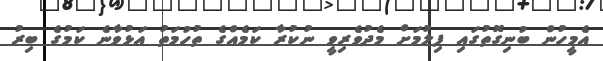
އެމީހުން ބުނިގޮތުގައި ފިލުމަށް މެދުވެރިވީ ނުކުރާ ކަމެއްގެ ތުހުމަތު އަޅުވާނެ ކަމުގެ ބިރު